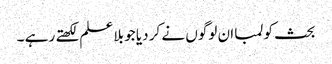
بحث کو لمبا ان لوگوں نے کر دیا جو بلا علم لکھتے رہے ۔